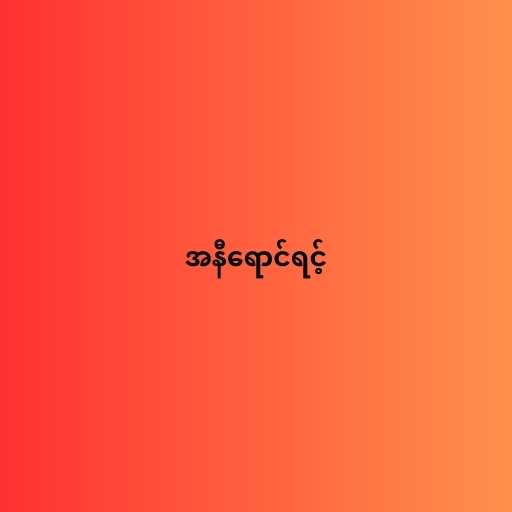
အနီရောင်ရင့်